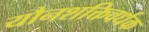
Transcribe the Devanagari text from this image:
यौनशक्तिवर्धक